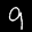
Label: 9